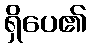
ရှိပေ၏